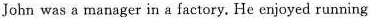
John was a manager in a factory.He enjoyed running